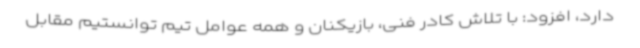
دارد، افزود: با تلاش کادر فنی، بازیکنان و همه عوامل تیم توانستیم مقابل